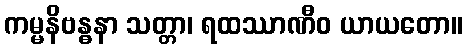
ကမ္မနိဗန္ဓနာ သတ္တာ၊ ရထဿာဏီဝ ယာယတော။